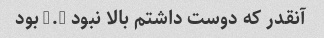
آنقدر که دوست داشتم بالا نبود 2.5 بود